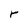
Character: r